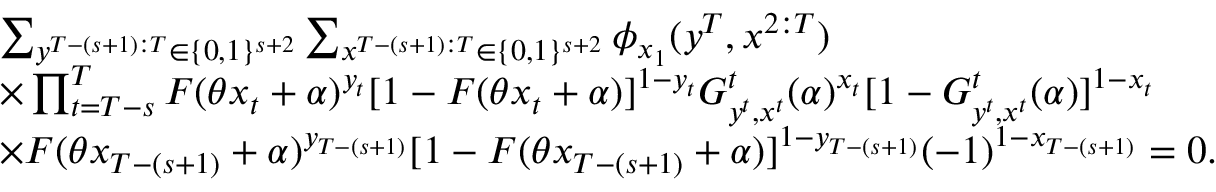
\begin{array} { r l } & { \sum _ { y ^ { T - ( s + 1 ) : T } \in \{ 0 , 1 \} ^ { s + 2 } } \sum _ { x ^ { T - ( s + 1 ) : T } \in \{ 0 , 1 \} ^ { s + 2 } } \phi _ { x _ { 1 } } ( y ^ { T } , x ^ { 2 : T } ) } \\ & { \times \prod _ { t = T - s } ^ { T } F ( \theta x _ { t } + \alpha ) ^ { y _ { t } } [ 1 - F ( \theta x _ { t } + \alpha ) ] ^ { 1 - y _ { t } } G _ { y ^ { t } , x ^ { t } } ^ { t } ( \alpha ) ^ { x _ { t } } [ 1 - G _ { y ^ { t } , x ^ { t } } ^ { t } ( \alpha ) ] ^ { 1 - x _ { t } } } \\ & { \times F ( \theta x _ { T - ( s + 1 ) } + \alpha ) ^ { y _ { T - ( s + 1 ) } } [ 1 - F ( \theta x _ { T - ( s + 1 ) } + \alpha ) ] ^ { 1 - y _ { T - ( s + 1 ) } } ( - 1 ) ^ { 1 - x _ { T - ( s + 1 ) } } = 0 . } \end{array}